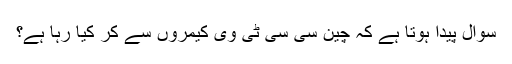
سوال پیدا ہوتا ہے کہ چین سی سی ٹی وی کیمروں سے کر کیا رہا ہے؟